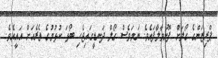
ޕްރިޒަންގެ ގޯލަށް ފޮނުވާލާފައެވެ. ނަމަވެސް ގޯލް ދަނޑީގައިޖެހި ބޯޅަ ކުޅުމުގެ ތެރެއަށް އައީއެވެ.